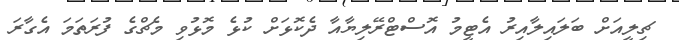
ޗިލީއަށް ބަލައިލާއިރު އެޓީމު އޮސްޓްރޭލިޔާއާ ދެކޮޅަށް ކުޅެ މޮޅުވި މެޗްގެ ފުރަތަމަ އެގާރަ